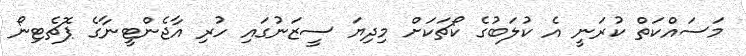
މަސައްކަތް ކުރަނީ އެ ކުލަބުގެ ކޯޗަކަށް މިދިޔަ ސީޒަނުގައި ހުރި އާޖެންޓީނާގެ ޕޮޗެޓިނޯ